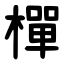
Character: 樿